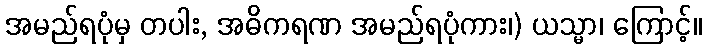
အမည်ရပုံမှ တပါး, အဓိကရဏ အမည်ရပုံကား၊) ယသ္မာ၊ ကြောင့်။